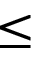
\le